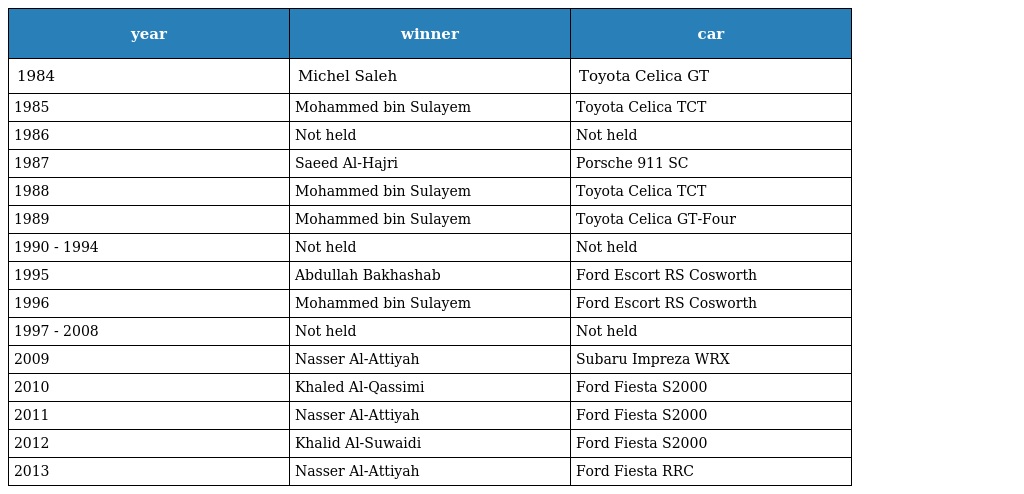
| year | winner | car |
 | --- | --- | --- |
 | 1984 | Michel Saleh | Toyota Celica GT |
 | 1985 | Mohammed bin Sulayem | Toyota Celica TCT |
 | 1986 | Not held | Not held |
 | 1987 | Saeed Al-Hajri | Porsche 911 SC |
 | 1988 | Mohammed bin Sulayem | Toyota Celica TCT |
 | 1989 | Mohammed bin Sulayem | Toyota Celica GT-Four |
 | 1990 - 1994 | Not held | Not held |
 | 1995 | Abdullah Bakhashab | Ford Escort RS Cosworth |
 | 1996 | Mohammed bin Sulayem | Ford Escort RS Cosworth |
 | 1997 - 2008 | Not held | Not held |
 | 2009 | Nasser Al-Attiyah | Subaru Impreza WRX |
 | 2010 | Khaled Al-Qassimi | Ford Fiesta S2000 |
 | 2011 | Nasser Al-Attiyah | Ford Fiesta S2000 |
 | 2012 | Khalid Al-Suwaidi | Ford Fiesta S2000 |
 | 2013 | Nasser Al-Attiyah | Ford Fiesta RRC |